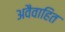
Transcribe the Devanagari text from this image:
अवैवाहित